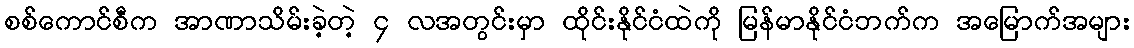
စစ်ကောင်စီက အာဏာသိမ်းခဲ့တဲ့ ၄ လအတွင်းမှာ ထိုင်းနိုင်ငံထဲကို မြန်မာနိုင်ငံဘက်က အမြောက်အများ